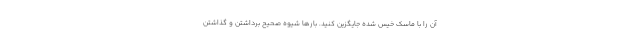
آن را با ماسک خیس شده جایگزین کنید. بارها شیوه صحیح برداشتن و گذاشتن